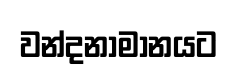
වන්දනාමානයට